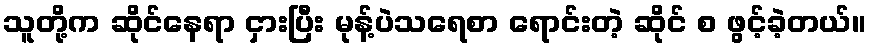
သူတို့က ဆိုင်နေရာ ငှားပြီး မုန့်ပဲသရေစာ ရောင်းတဲ့ ဆိုင် စ ဖွင့်ခဲ့တယ်။